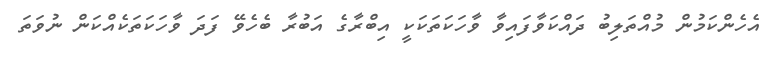
އެހެންކަމުން މުއްތަލިބު ދައްކަވާފައިވާ ވާހަކަތަކަކީ އިބްރާގެ އަބުރާ ބެހެވޭ ފަދަ ވާހަކަތަކެއްކަން ނުވަތަ